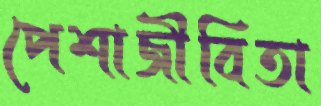
পেশাজীবিতা